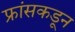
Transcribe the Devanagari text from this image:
फ्रांसकडून